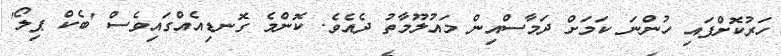
ހަރުކޮށްފައި ހުންނަ ކަމަށް ދަމާސްއިން މައުލޫމާތު ދެއެވެ. ކޮންމެ ގޮނޑިއެއްގައިވެސް 'ބެކް ޕިލޯ'